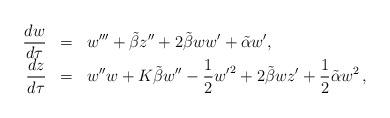
LaTeX: \begin{align*}\begin{array}{rcl}\displaystyle{\frac{dw}{d\tau} }&=&\displaystyle{w''' + \tilde\beta z'' + 2\tilde\beta ww'+ \tilde\alpha w',}\\\displaystyle{\frac{dz}{d\tau} }&=&\displaystyle{w''w+K\tilde\beta w''-\frac12{w'}^2+2\tilde\beta wz'+\frac12\tilde\alpha w^2\,,}\end{array}\end{align*}